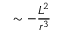
\sim - \frac { { \cal { L } } ^ { 2 } } { r ^ { 3 } }